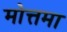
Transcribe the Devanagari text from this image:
मोत्तमा